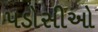
પડોસીઓ